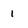
Character: 1